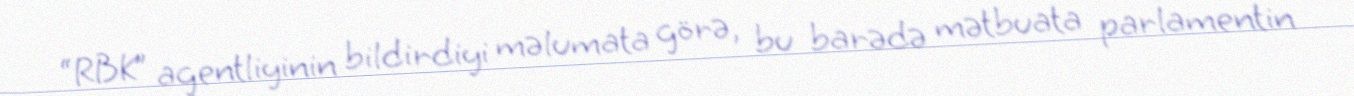
“RBK” agentliyinin bildirdiyi məlumata görə, bu barədə mətbuata parlamentin